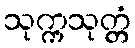
သုက္ကသုတ္တံ